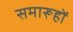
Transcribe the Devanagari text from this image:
समारूहों